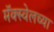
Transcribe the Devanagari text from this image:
मॅक्स्वेलच्या